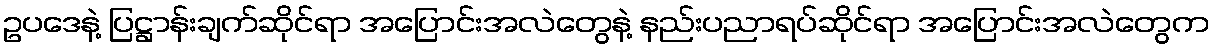
ဥပဒေနဲ့ ပြဋ္ဌာန်းချက်ဆိုင်ရာ အပြောင်းအလဲတွေနဲ့ နည်းပညာရပ်ဆိုင်ရာ အပြောင်းအလဲတွေက